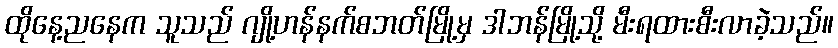
ထိုနေ့ညနေက သူသည် ဂျို့ဟန်နက်စဘတ်မြို့မှ ဒါဘန်မြို့သို့ မီးရထားစီးလာခဲ့သည်။